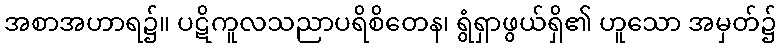
အစာအဟာရ၌။ ပဋိကူလသညာပရိစိတေန၊ ရွံရှာဖွယ်ရှိ၏ ဟူသော အမှတ်၌